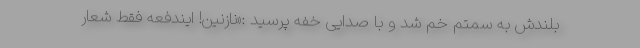
بلندش به سمتم خم شد و با صدایی خفه پرسید :«نازنین! ایندفعه فقط شعار